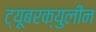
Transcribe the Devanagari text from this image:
ट्यूबरक्युलीन